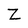
Character: Z